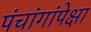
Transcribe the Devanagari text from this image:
पंचांगांपेक्षा